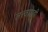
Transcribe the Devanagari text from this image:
तत्त्वग्राही